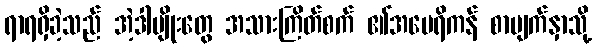
ရာရရှိခဲ့သည် အဲ့ဒါမျိုးတွေ အသားကြိတ်စက် ၏အမေရိကန် စာမျက်နှာသို့